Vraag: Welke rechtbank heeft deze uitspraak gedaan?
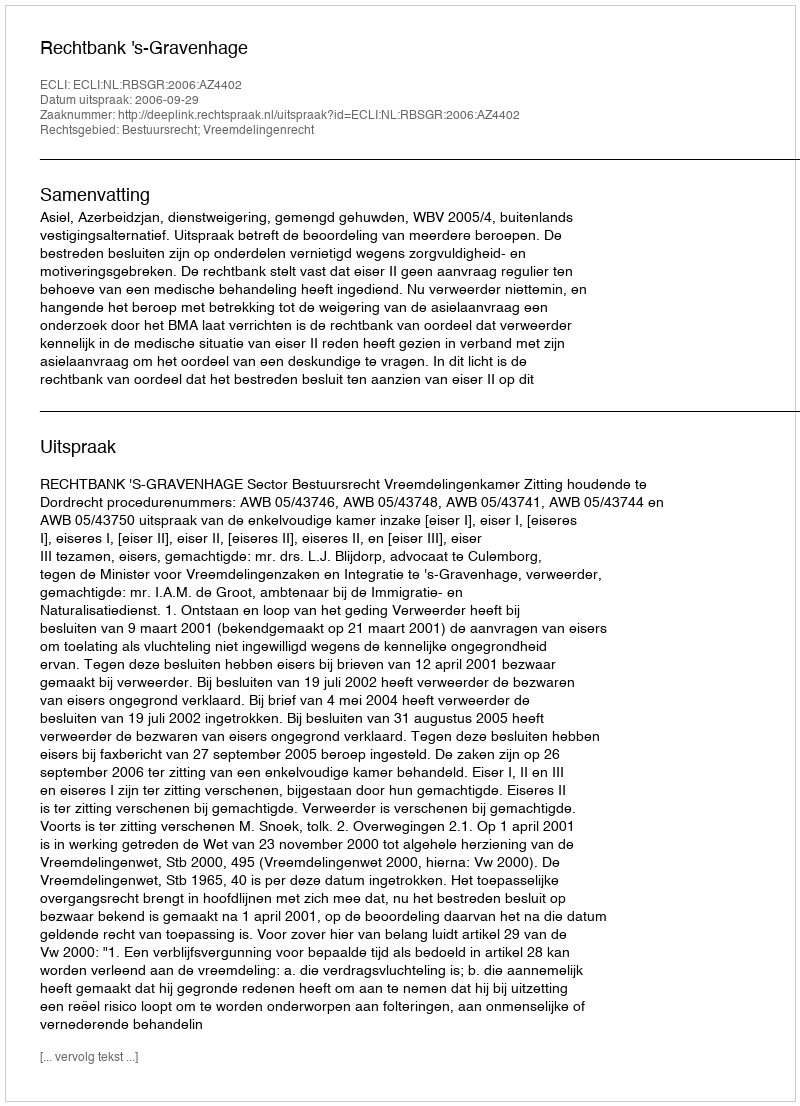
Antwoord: Rechtbank 's-Gravenhage